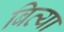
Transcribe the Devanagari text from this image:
बित्या